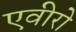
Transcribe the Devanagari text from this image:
एवीरो